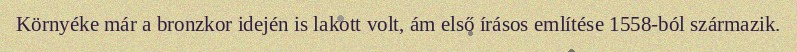
Környéke már a bronzkor idején is lakott volt, ám első írásos említése 1558-ból származik.